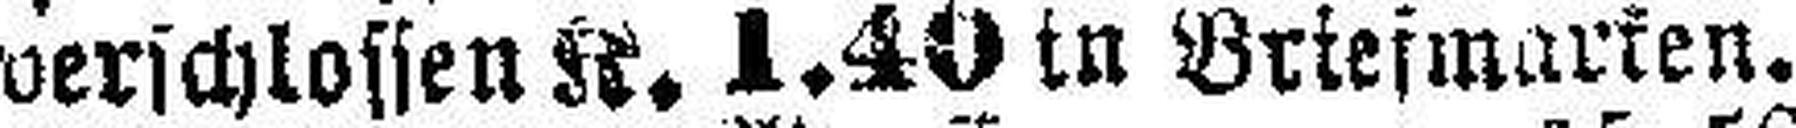
verschlossen K. 1.40 in Briefmarken.